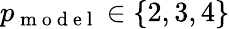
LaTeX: p_{\mathrm{~m~o~d~e~l~}}\in\{ 2,3,4\}